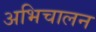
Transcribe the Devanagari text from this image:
अभिचालन